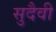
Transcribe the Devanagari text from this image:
सुदैवी